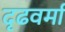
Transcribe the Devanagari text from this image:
दृढवर्मा